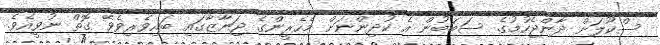
ސްކޫލަށް ދާންޖެހުމުގެ ސަބަބުން އެ ކުދިންނަށް މެހެރީންގެ ޖަނާޒާގައި ބައިވެރިވެވޭ ގޮތް ނުވީއެވެ.